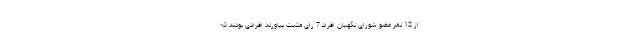
از 12 نفر عضو شورای نگهبان افراد 7 رای مثبت بیاورند افرادی بودند که